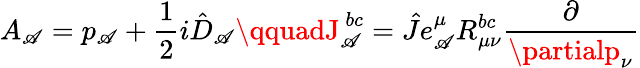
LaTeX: A_{\mathscr{A}}=p_{\mathscr{A}}+\frac{{1}}{{2}}i\hat{{D}}_{\mathscr{A}}\qquadJ_{\mathscr{A}}^{~bc}=\hat{{J}}e_{\mathscr{A}}^{\mu}R_{\mu\nu}^{bc}\frac{{\partial}}{{\partialp_{\nu}}}